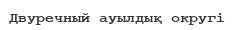
Двуречный ауылдық округі